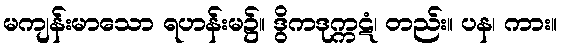
မကျန်းမာသော ရဟန်းမ၌။ ဒွိကဒုက္ကဋံ၊ တည်း။ ပန၊ ကား။